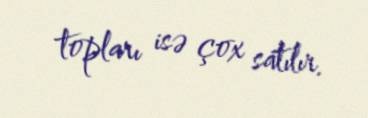
topları isə çox satılır.